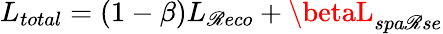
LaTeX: L_{total}=(1-\beta)L_{\mathscr{R}eco}+\betaL_{spa\mathscr{R}se}